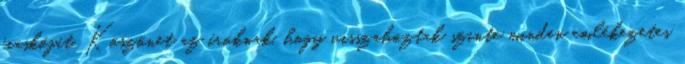
fiaskóját. Köszönet az íróknak, hogy visszahoztak szinte minden emlékezetes